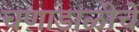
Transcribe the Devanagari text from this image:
चणाडाळीचे